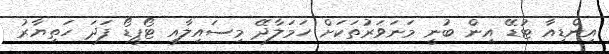
އިންޑިއާ ޓުޑޭ އިން ބުނީ މަނަވަރުތަކަށް ހަމަލާދޭ މިސައިލާއި ޓޯޕީޑޯ ފަދަ ހަތިޔާރު